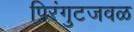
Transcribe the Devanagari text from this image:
पिरंगुटजवळ